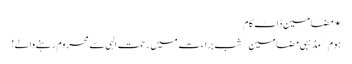
⋆ مضامین ڈاٹ کام
ہوم/مذہبی مضامین/شبِ براءت میں رحمتِ الہی سے محروم رہنے والے!